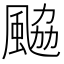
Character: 䬅